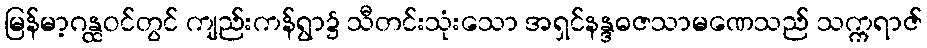
မြန်မာ့ဂန္ထဝင်တွင် ကျည်းကန်ရွာ၌ သီတင်းသုံးသော အရှင်နန္ဒဓဇသာမဏေသည် သက္ကရာဇ်